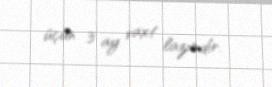
üçün 3 ay vaxt lazımdır.